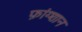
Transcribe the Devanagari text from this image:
फ़ांग्शान